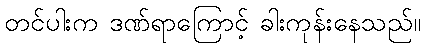
တင်ပါးက ဒဏ်ရာကြောင့် ခါးကုန်းနေသည်။